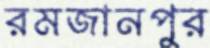
রমজানপুর